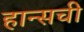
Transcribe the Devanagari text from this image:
हान्सची